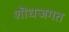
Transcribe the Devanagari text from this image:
शॊधजगत